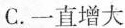
C. 一直增大